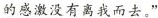
的感激没有离我而去。”